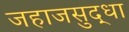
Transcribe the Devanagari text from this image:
जहाजसुद्धा